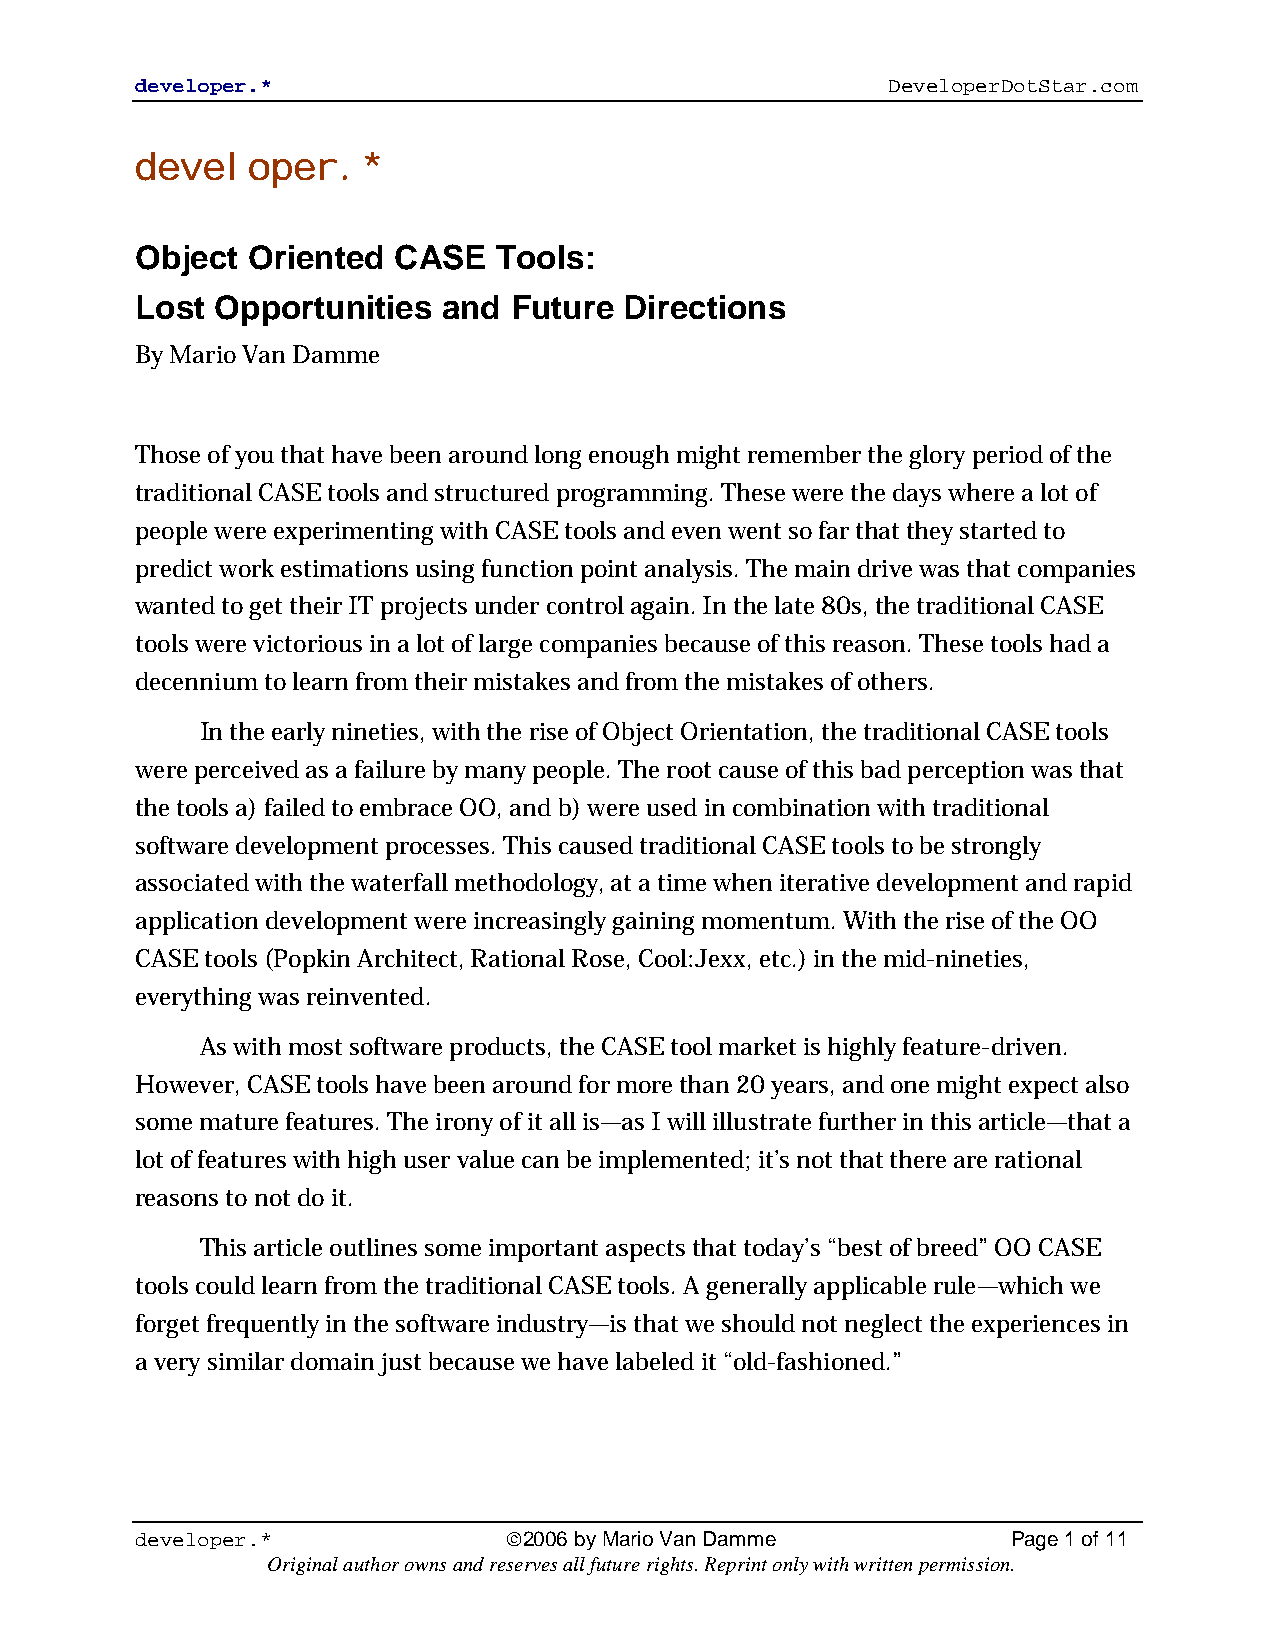
developer.*                                       DeveloperDotStar.com
 developer.*
 Object Oriented  CASE   Tools:
 Lost Opportunities  and  Future Directions
 By Mario Van Damme
 Those of you that have been around long enough might remember the glory period of the
 traditional CASE tools and structured programming. These were the days where a lot of
 people were experimenting with CASE tools and even went so far that they started to
 predict work estimations using function point analysis. The main drive was that companies
 wanted to get their IT projects under control again. In the late 80s, the traditional CASE
 tools were victorious in a lot of large companies because of this reason. These tools had a
 decennium to learn from their mistakes and from the mistakes of others.
 In the early nineties, with the rise of Object Orientation, the traditional CASE tools
 were perceived as a failure by many people. The root cause of this bad perception was that
 the tools a) failed to embrace OO, and b) were used in combination with traditional
 software development processes. This caused traditional CASE tools to be strongly
 associated with the waterfall methodology, at a time when iterative development and rapid
 application development were increasingly gaining momentum. With the rise of the OO
 CASE tools (Popkin Architect, Rational Rose, Cool:Jexx, etc.) in the mid-nineties,
 everything was reinvented.
 As with most software products, the CASE tool market is highly feature-driven.
 However, CASE tools have been around for more than 20 years, and one might expect also
 some mature features. The irony of it all is—as I will illustrate further in this article—that a
 lot of features with high user value can be implemented; it’s not that there are rational
 reasons to not do it.
 This article outlines some important aspects that today’s “best of breed” OO CASE
 tools could learn from the traditional CASE tools. A generally applicable rule—which we
 forget frequently in the software industry—is that we should not neglect the experiences in
 a very similar domain just because we have labeled it “old-fashioned.”
 developer.*              2006 by Mario Van Damme         Page 1 of 11
 Original author owns and reserves all future rights. Reprint only with written permission.